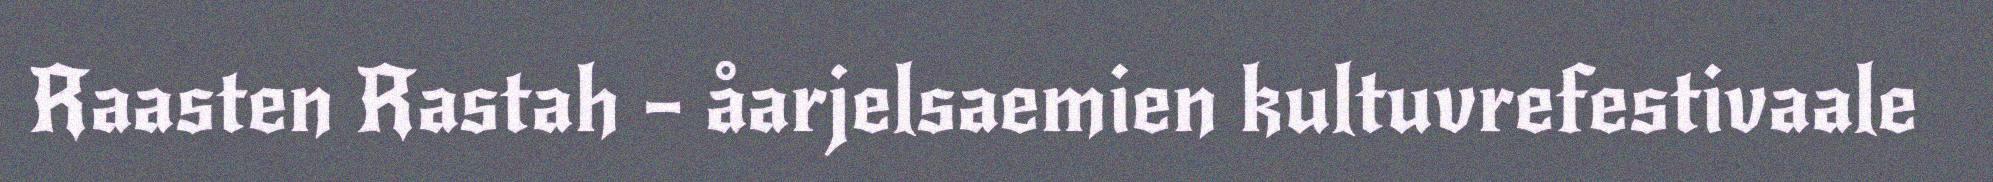
Raasten Rastah – åarjelsaemien kultuvrefestivaale